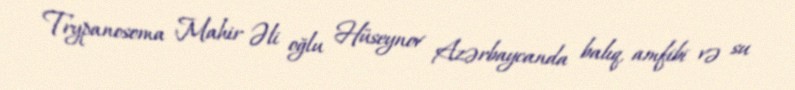
Trypanosoma Mahir Əli oğlu Hüseynov Azərbaycanda balıq, amfibi və su